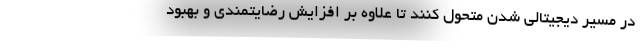
در مسیر دیجیتالی شدن متحول کنند تا علاوه بر افزایش رضایتمندی و بهبود